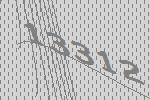
13312